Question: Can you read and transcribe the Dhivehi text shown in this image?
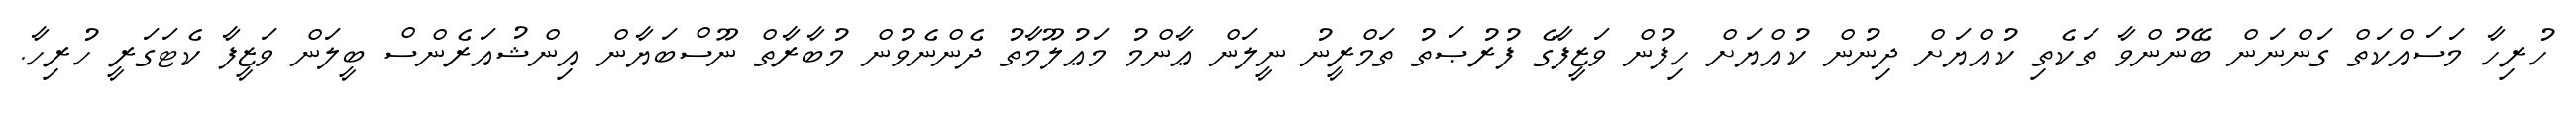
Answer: ހުރިހާ މަސައްކަތް ގަންނަން ބޭނުންވާ ތަކެތި ކުއްޔަށް ދިނުން ކުއްޔަށް ހިފުން ވަޒީފާގެ ފުރުޞަތު ތަމްރީނު ނީލަން ޢާންމު މަޢުލޫމާތު ދެންނެވުން މުބާރާތް ނޫސްބަޔާން އިންޝުއަރެންސް ބީލަން ވަޒީފާ ކެޓަގަރީ ހުރިހާ.